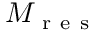
M _ { \mathrm { ~ r ~ e ~ s ~ } }